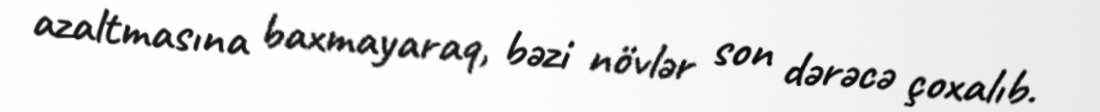
azaltmasına baxmayaraq, bəzi növlər son dərəcə çoxalıb.